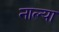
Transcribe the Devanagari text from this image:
नाल्या